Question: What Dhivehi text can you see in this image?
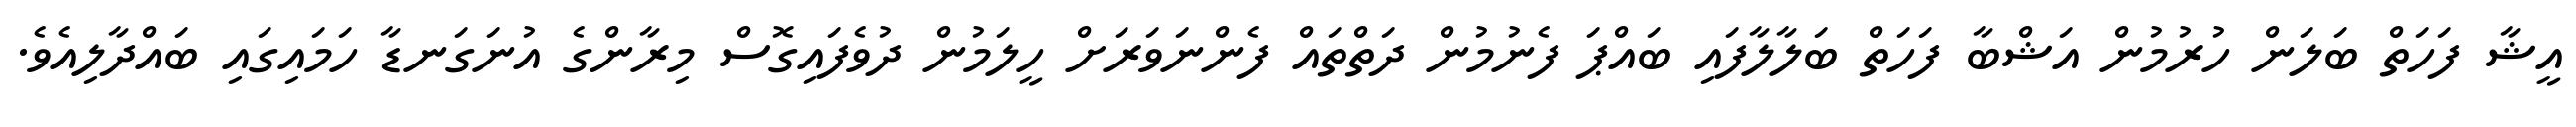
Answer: އީޝާ ފަހަތް ބަލަން ހުރުމުން އަޝްބާ ފަހަތް ބަލާލާފައި ބައްޕަ ފެނުމުން ދަތްތައް ފެންނަވަރަށް ހީލަމުން ދުވެފައިގޮސް މިރާންގެ އުނަގަނޑާ ހަމައިގައި ބައްދާލިއެވެ.